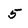
Character: 5